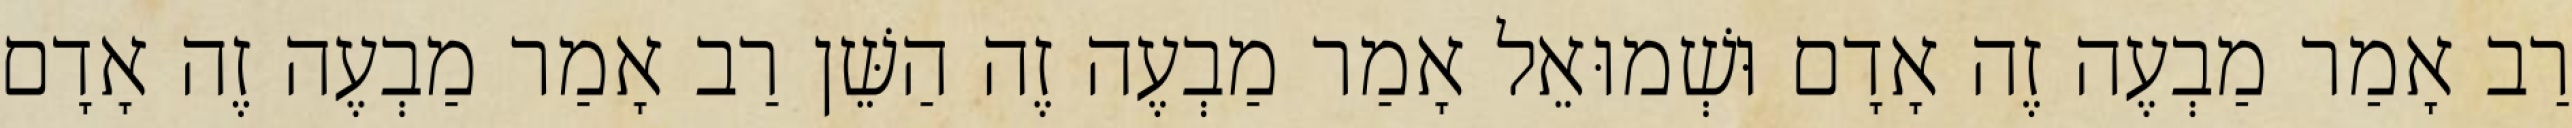
רַב אָמַר מַבְעֶה זֶה אָדָם וּשְׁמוּאֵל אָמַר מַבְעֶה זֶה הַשֵּׁן רַב אָמַר מַבְעֶה זֶה אָדָם